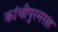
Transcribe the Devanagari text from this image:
कांचीपुरमसह